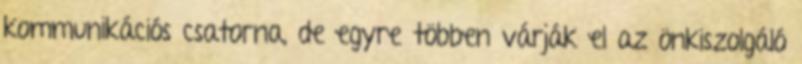
kommunikációs csatorna, de egyre többen várják el az önkiszolgáló